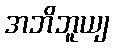
အဘိဘူယျ